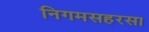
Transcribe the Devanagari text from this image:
निगमसहरसा